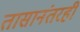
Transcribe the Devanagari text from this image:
तासानंतरही